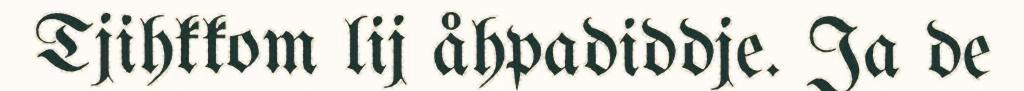
Tjihkkom lij åhpadiddje. Ja de